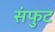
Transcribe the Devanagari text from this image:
संफुट